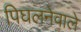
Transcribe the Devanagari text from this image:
पिघलनेवाले